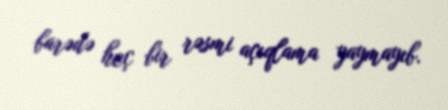
barədə heç bir rəsmi açıqlama yaymayıb.